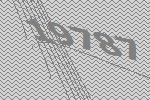
19787